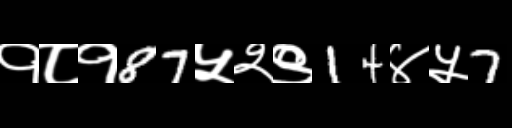
Text: १८१87५२९14४५7